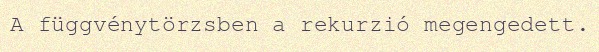
A függvénytörzsben a rekurzió megengedett.